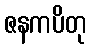
ဇနကပိတု